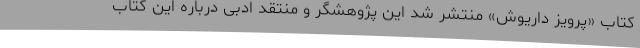
کتاب «پرویز داریوش» منتشر شد این پژوهشگر و منتقد ادبی درباره این کتاب